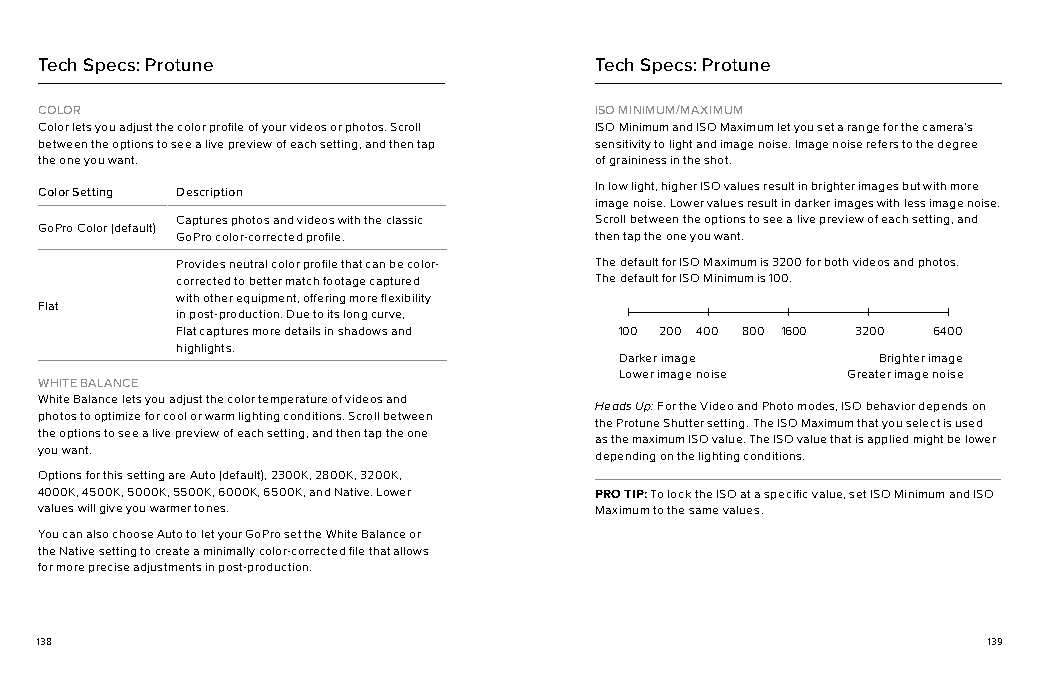
Tech Specs: Protune                 Tech Specs: Protune
 COLOR                               ISO MINIMUM/MAXIMUM
 Color lets you adjust the color profile of your videos or photos. Scroll ISO Minimum and ISO Maximum let you set a range for the camera’s
 between the options to see a live preview of each setting, and then tap sensitivity to light and image noise. Image noise refers to the degree
 the one you want.                   of graininess in the shot.
 In low light, higher ISO values result in brighter images but with more
 Color Setting Description
 image noise. Lower values result in darker images with less image noise.
 Captures photos and videos with the classic Scroll between the options to see a live preview of each setting, and
 GoPro Color (default)
 GoPro color-corrected profile. then tap the one you want.
 Provides neutral color profile that can be color- The default for ISO Maximum is 3200 for both videos and photos.
 corrected to better match footage captured The default for ISO Minimum is 100.
 with other equipment, offering more flexibility
 Flat
 in post-production. Due to its long curve,
 Flat captures more details in shadows and 100 200 400 800 1600 3200 6400
 highlights.
 Darker image     Brighter image
 Lower image noise Greater image noise
 WHITE BALANCE
 White Balance lets you adjust the color temperature of videos and
 Heads Up: For the Video and Photo modes, ISO behavior depends on
 photos to optimize for cool or warm lighting conditions. Scroll between
 the Protune Shutter setting. The ISO Maximum that you select is used
 the options to see a live preview of each setting, and then tap the one
 as the maximum ISO value. The ISO value that is applied might be lower
 you want.
 depending on the lighting conditions.
 Options for this setting are Auto (default), 2300K, 2800K, 3200K,
 4000K, 4500K, 5000K, 5500K, 6000K, 6500K, and Native. Lower PRO TIP: To lock the ISO at a specific value, set ISO Minimum and ISO
 values will give you warmer tones.  Maximum to the same values.
 You can also choose Auto to let your GoPro set the White Balance or
 the Native setting to create a minimally color-corrected file that allows
 for more precise adjustments in post-production.
 138                                                            139